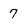
Character: 7